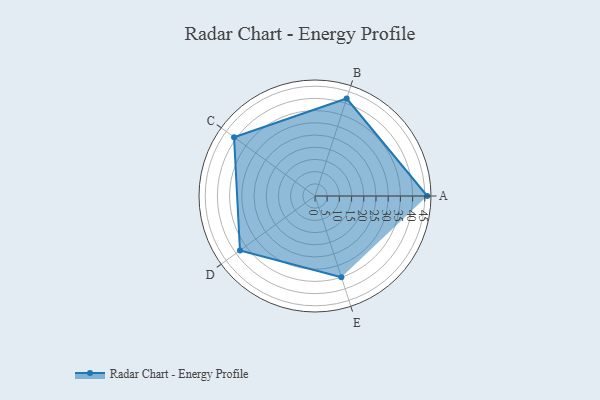
{"axis": {"x": "Skill", "y": "Score"}, "legend": ["Profile"], "data": [{"x": "A", "y": 46.0, "type": "Profile"}, {"x": "B", "y": 42.0, "type": "Profile"}, {"x": "C", "y": 41.0, "type": "Profile"}, {"x": "D", "y": 38.0, "type": "Profile"}, {"x": "E", "y": 35.0, "type": "Profile"}]}